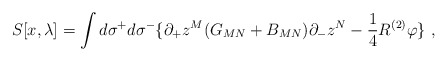
\begin{align*}S[x,\lambda ] = \int d\sigma ^{+}d\sigma^{-}\{\partial_+z^M(G_{MN}+B_{MN})\partial_-z^N -\frac{1}{4}R^{\left( 2\right) }\varphi \}\,\,, \end{align*}